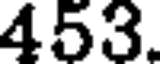
453.